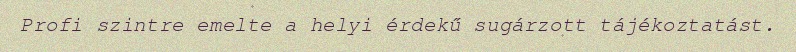
Profi szintre emelte a helyi érdekű sugárzott tájékoztatást.